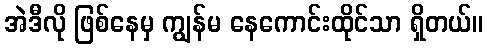
အဲဒီလို ဖြစ်နေမှ ကျွန်မ နေကောင်းထိုင်သာ ရှိတယ်။